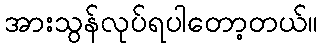
အားသွန်လုပ်ရပါတော့တယ်။